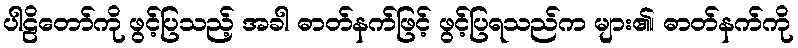
ပါဠိတော်ကို ဖွင့်ပြသည့် အခါ ဓာတ်နက်ဖြင့် ဖွင့်ပြရသည်က များ၏၊ ဓာတ်နက်ကို